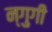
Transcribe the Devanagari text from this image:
न्गुगी